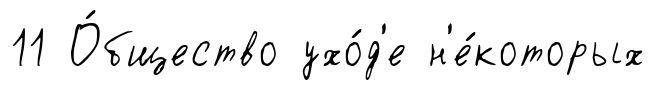
11 О́бщество ухо́д'е н'е́которых